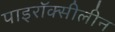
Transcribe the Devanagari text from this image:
पाइरॉक्सीलीन